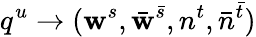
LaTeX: q^{u}\to(\mathbf{w}^{s},\bar{{\mathbf{w}}}^{\bar{{s}}},n^{t},\bar{{n}}^{\bar{{t}}})